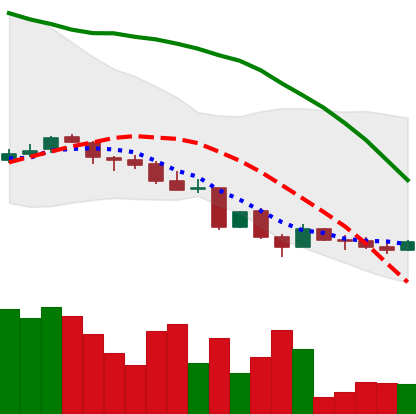
Ticker: LINK-USD
Chart end date: 2018-06-19
Forward return: -15.32%
Label: down_7plus